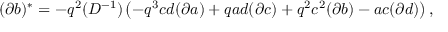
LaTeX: ( \partial b ) ^ { * } = - q ^ { 2 } ( D ^ { - 1 } ) \left( - q ^ { 3 } c d ( \partial a ) + q a d ( \partial c ) + q ^ { 2 } c ^ { 2 } ( \partial b ) - a c ( \partial d ) \right) ,